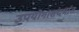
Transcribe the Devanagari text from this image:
उपयोगासंदर्भात